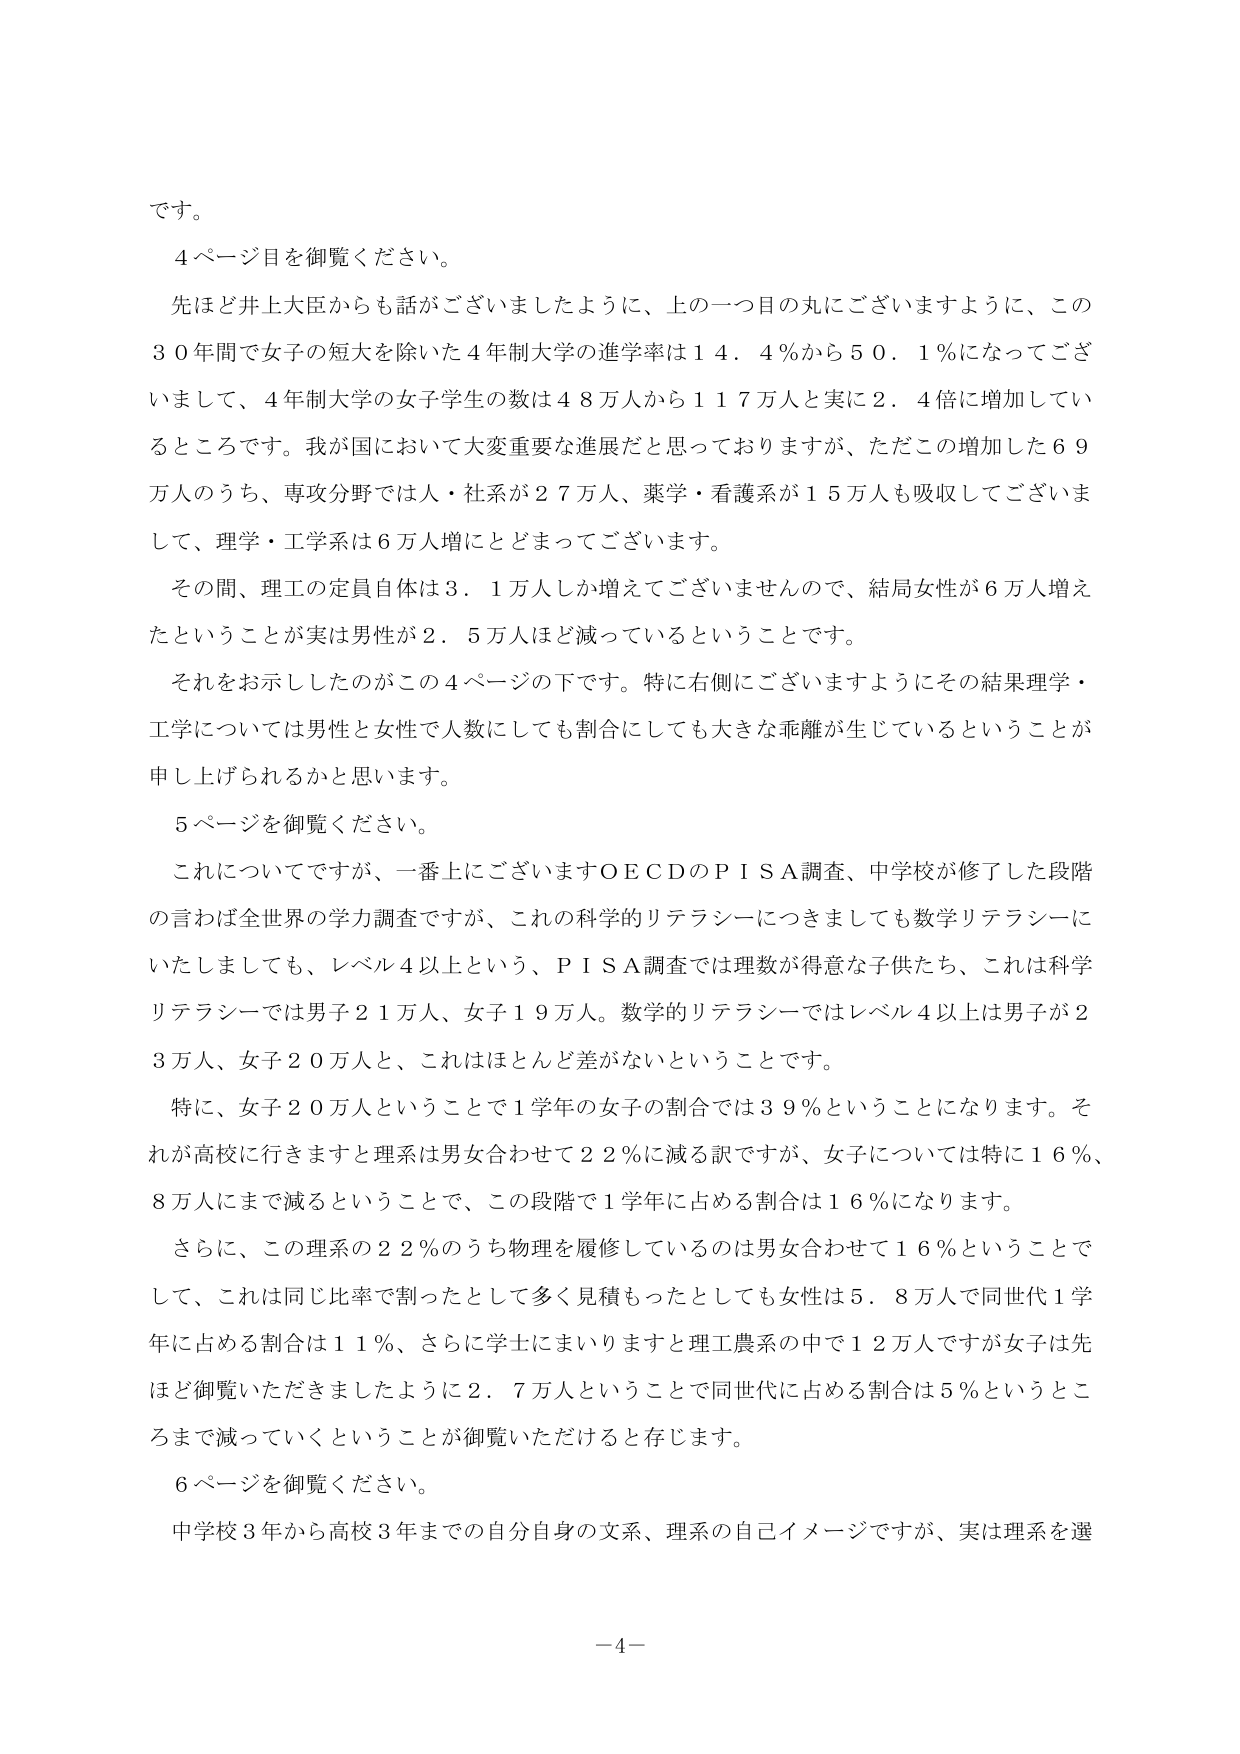
です。

４ページ目を御覧ください。

先ほど井上大臣からも話がございましたように、上の一つかの丸にございますように、この
３０年間で女子の短大を除いた４年制大学の進学率は１４．４％から５０．１％になってござ
いまして、４年制大学の女子学生の数は４８万人から１１７万人と実に２．４倍に増加してい
るところです。我が国において大変重要な進展だと思っておりますが、ただこの増加した６９
万人のうち、専攻分野では人・社系が２７万人、薬学・看護系が１５万人も吸収してございま
して、理学・工学系は６万人増にとどまってございます。

その間、理工の定員自体は３．１万人しか増えてございませんので、結局女性が６万人増え
たということが実は男性が２．５万人ほど減っているということです。

それをお示ししたのがこの４ページの下です。特に右側にございますようにその結果理学・
工学については男性と女性で人数にしても割合にしても大きな乖離が生じているということが
申し上げられるかと思います。

５ページを御覧ください。

これについてですが、一番上にございますＯＥＣＤのＰＩＳＡ調査、中学校が修了した段階
の言わば全世界の学力調査ですが、これの科学的リテラシーにつきましても数学リテラシーに
いたしましても、レベル４以上という、ＰＩＳＡ調査では理数が得意な子供たち、これは科学
リテラシーでは男子２１万人、女子１９万人。数学的リテラシーではレベル４以上は男子が２
３万人、女子２０万人と、これはほとんど差がないということです。

特に、女子２０万人ということで１学年の女子の割合では３９％ということになります。そ
れが高校に行きますと理系は男女合わせて２２％に減る訳ですが、女子については特に１６％、
８万人にまで減るということで、この段階で１学年に占める割合は１６％になります。

さらに、この理系の２２％のうち物理を履修しているのは男女合わせて１６％ということで
して、これは同じ比率で割ったたとして多く見積もったとしても女性は５．８万人で同世代１学
年に占める割合は１１％、さらに学士にまいりますと理工農系の中で１２万人ですが女子は先
ほど御覧いただきましたように２．７万人ということで同世代に占める割合は５％というとこ
ろまで減っていくということが御覧いただけると存じます。

６ページを御覧ください。

中学校３年から高校３年までの自分自身の文系、理系の自己イメージですが、実は理系を選

－４－